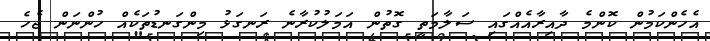
އެހެންކަމުން ކޮންމެ ދާއިރާއެއްގައި ސަލާމަތީ ގޮތުން އަމަލުކުރާނެ ރަނގަޅު މިންގަނޑުތަކެއް ހުންނަން ޖެހެ